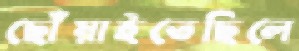
ছোঁয়াইতেছিলে